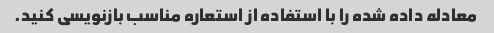
معادله داده شده را با استفاده از استعاره مناسب بازنویسی کنید.